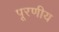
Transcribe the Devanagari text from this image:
पूरणीय